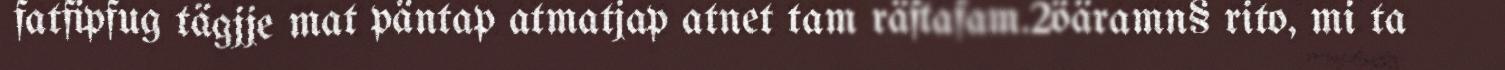
fatfipfug tägjje mat päntap atmatjap atnet tam räftafam.2öäramn§ rito, mi ta